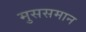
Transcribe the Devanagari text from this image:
मुससमान